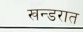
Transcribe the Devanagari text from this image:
खन्डरात